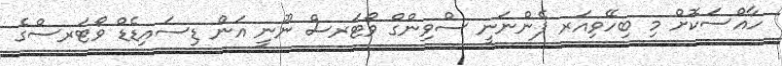
ހާއްސަކޮށް މި ބިހޭވިއަރ ފެންނަނީ ސްވިންގް ވޯޓަރސް ނޫނީ އަން ޑިސައިޑެޑް ވޯޓަރސްގެ